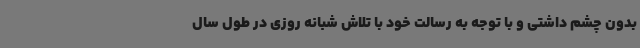
بدون چشم داشتی و با توجه به رسالت خود با تلاش شبانه روزی در طول سال